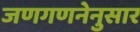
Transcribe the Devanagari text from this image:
जणगणनेनुसार